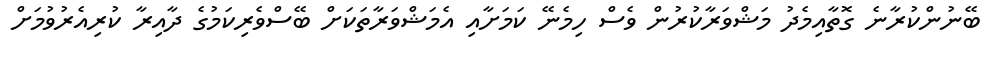
ބޭނުންކުރާނެ ގޮތާއިމެދު މަޝްވަރާކުރުން ވެސް ހިމެނޭ ކަމަށާއި އެމަޝްވަރާތަކަށް ބޭސްވެރިކަމުގެ ދާއިރާ ކުރިއެރުވުމަށް